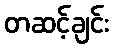
တဆင့်ချင်း